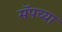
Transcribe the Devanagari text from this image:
सॅपच्या